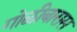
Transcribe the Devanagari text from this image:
गोळीबारास